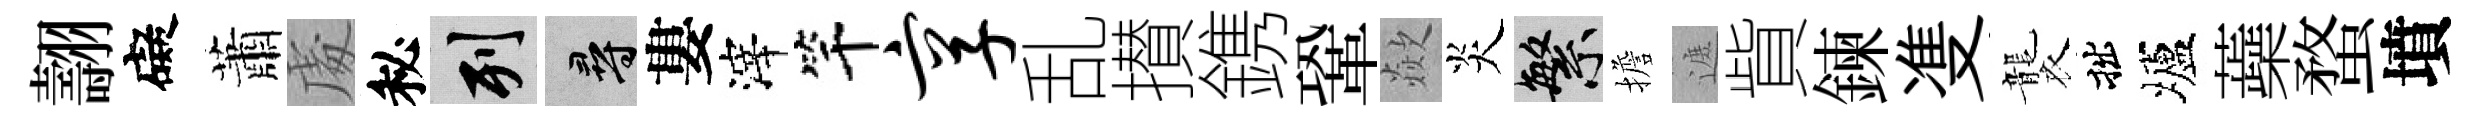
翿礙蕭䖏秘列尋婁滓竿享乱攅鎸鞏歘炎繁擔遮貲鍊㕠襲拙壚蘃蝥墳